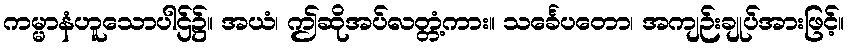
ကမ္မာနံဟူသောပါဌ်၌။ အယံ၊ ဤဆိုအပ်လတ္တံ့ကား။ သင်္ခေပတော၊ အကျဉ်းချုပ်အားဖြင့်။